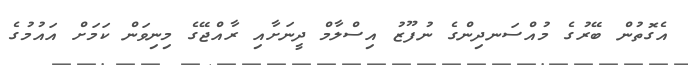
އެގޮތުން ބޭރުގެ މުއްސަނދިންގެ ނުފޫޒު އިސްލާމް ދީނަށާއި ރާއްޖޭގެ މިނިވަން ކަމަށް އައުމުގެ